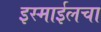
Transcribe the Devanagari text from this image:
इस्माईलचा